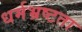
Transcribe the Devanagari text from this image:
धर्मभ्रष्टता